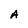
Character: A